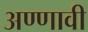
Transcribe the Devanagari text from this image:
अण्णावी